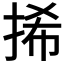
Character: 𢬾